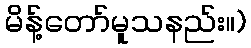
မိန့်တော်မူသနည်း။)